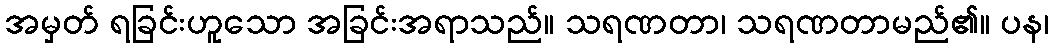
အမှတ် ရခြင်းဟူသော အခြင်းအရာသည်။ သရဏတာ၊ သရဏတာမည်၏။ ပန၊